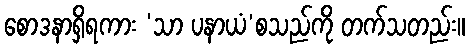
စောဒနာရှိရကား ‘သာ ပနာယံ’စသည်ကို တက်သတည်း။